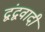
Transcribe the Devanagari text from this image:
द्वंद्ववादी